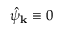
\hat { \psi } _ { \bf k } \equiv 0